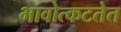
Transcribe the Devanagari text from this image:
भावोत्कटतेत